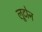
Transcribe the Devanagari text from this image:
लूटोन